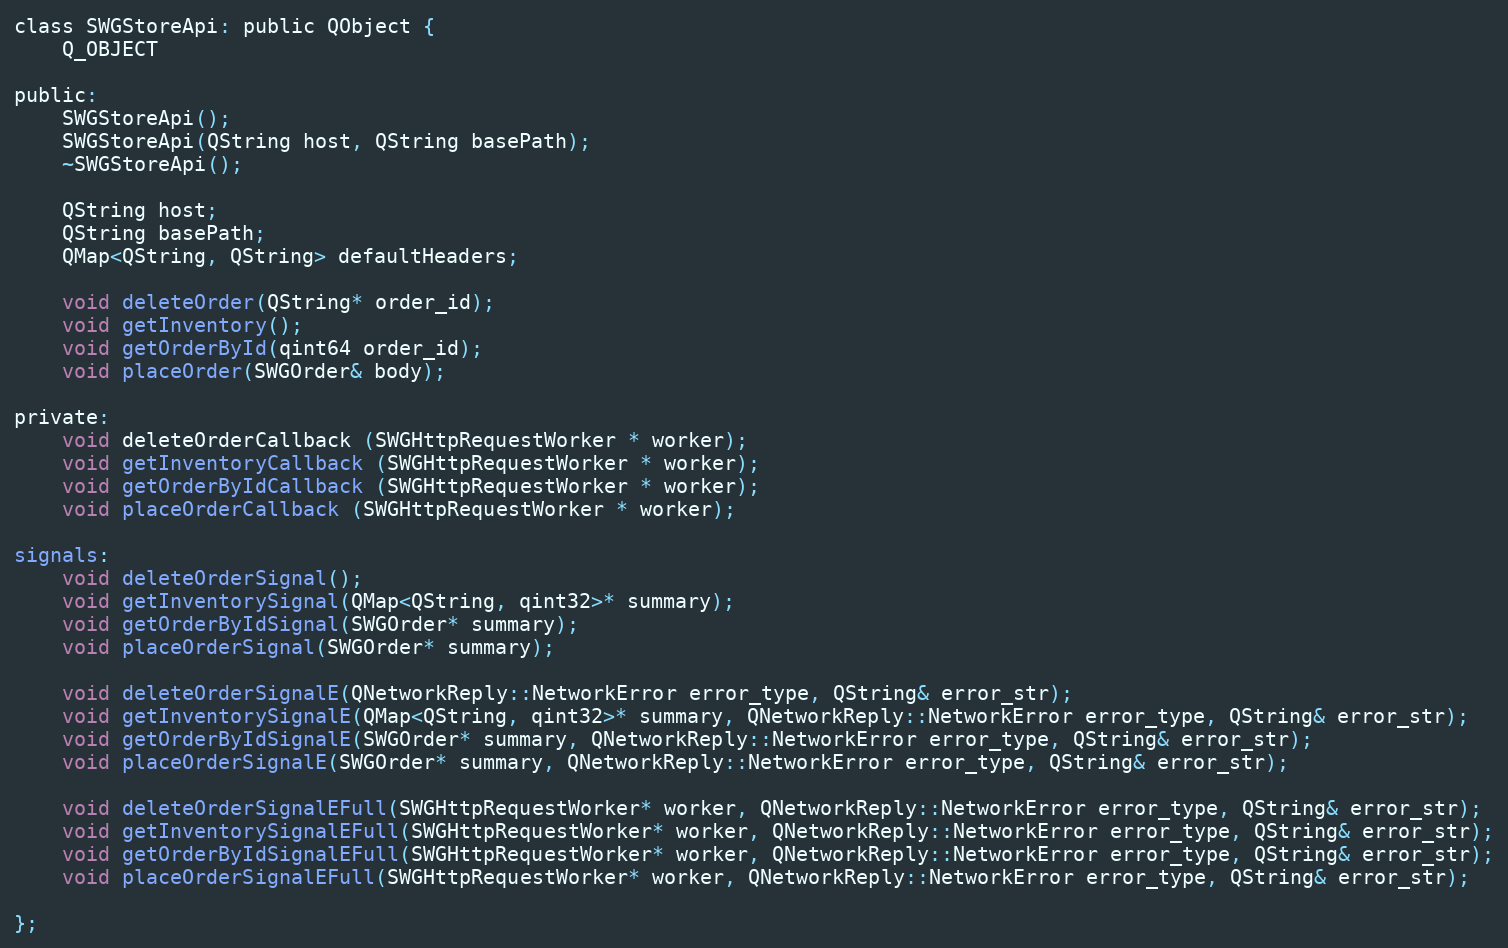
Language: C
class SWGStoreApi: public QObject {
    Q_OBJECT

public:
    SWGStoreApi();
    SWGStoreApi(QString host, QString basePath);
    ~SWGStoreApi();

    QString host;
    QString basePath;
    QMap<QString, QString> defaultHeaders;

    void deleteOrder(QString* order_id);
    void getInventory();
    void getOrderById(qint64 order_id);
    void placeOrder(SWGOrder& body);

private:
    void deleteOrderCallback (SWGHttpRequestWorker * worker);
    void getInventoryCallback (SWGHttpRequestWorker * worker);
    void getOrderByIdCallback (SWGHttpRequestWorker * worker);
    void placeOrderCallback (SWGHttpRequestWorker * worker);

signals:
    void deleteOrderSignal();
    void getInventorySignal(QMap<QString, qint32>* summary);
    void getOrderByIdSignal(SWGOrder* summary);
    void placeOrderSignal(SWGOrder* summary);

    void deleteOrderSignalE(QNetworkReply::NetworkError error_type, QString& error_str);
    void getInventorySignalE(QMap<QString, qint32>* summary, QNetworkReply::NetworkError error_type, QString& error_str);
    void getOrderByIdSignalE(SWGOrder* summary, QNetworkReply::NetworkError error_type, QString& error_str);
    void placeOrderSignalE(SWGOrder* summary, QNetworkReply::NetworkError error_type, QString& error_str);

    void deleteOrderSignalEFull(SWGHttpRequestWorker* worker, QNetworkReply::NetworkError error_type, QString& error_str);
    void getInventorySignalEFull(SWGHttpRequestWorker* worker, QNetworkReply::NetworkError error_type, QString& error_str);
    void getOrderByIdSignalEFull(SWGHttpRequestWorker* worker, QNetworkReply::NetworkError error_type, QString& error_str);
    void placeOrderSignalEFull(SWGHttpRequestWorker* worker, QNetworkReply::NetworkError error_type, QString& error_str);

};